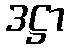
ဒဋ္ဌာ